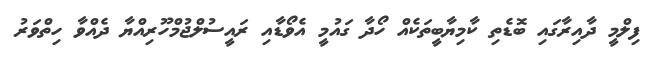
ފިލްމީ ދާއިރާގައި ބޮޑެތި ކާމިޔާބީތަކެއް ހޯދާ ގައުމީ އެވޯޑާއި ރައީސުލްޖުމްހޫރިއްޔާ ދެއްވާ ހިތްވަރު